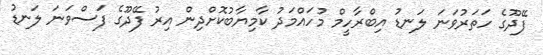
ފޭދޫގެ ހަތަރުވަނަ ލަނޑު އިބްރާހީމް މުހައްމަދު ކާމިޔާބުކޮށްދިން އިރު ފޭދޫގެ ފަސްވަނަ ލަނޑު